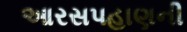
આરસપહાણની